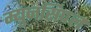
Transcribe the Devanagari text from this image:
म्युनसिपल